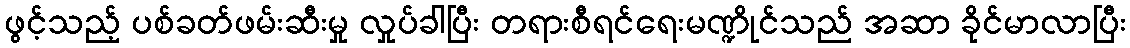
ဖွင့်သည့် ပစ်ခတ်ဖမ်းဆီးမှု လှုပ်ခါပြီး တရားစီရင်ရေးမဏ္ဍိုင်သည် အဆာ ခိုင်မာလာပြီး